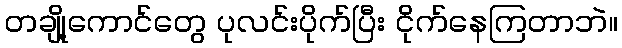
တချို့ကောင်တွေ ပုလင်းပိုက်ပြီး ငိုက်နေကြတာဘဲ။